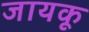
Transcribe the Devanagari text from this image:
जायकू